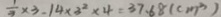
\frac { 1 } { 3 } \times 3 - 1 4 \times 3 ^ { 2 } \times 4 = 3 7 . 6 8 ( c m ^ { 3 } )